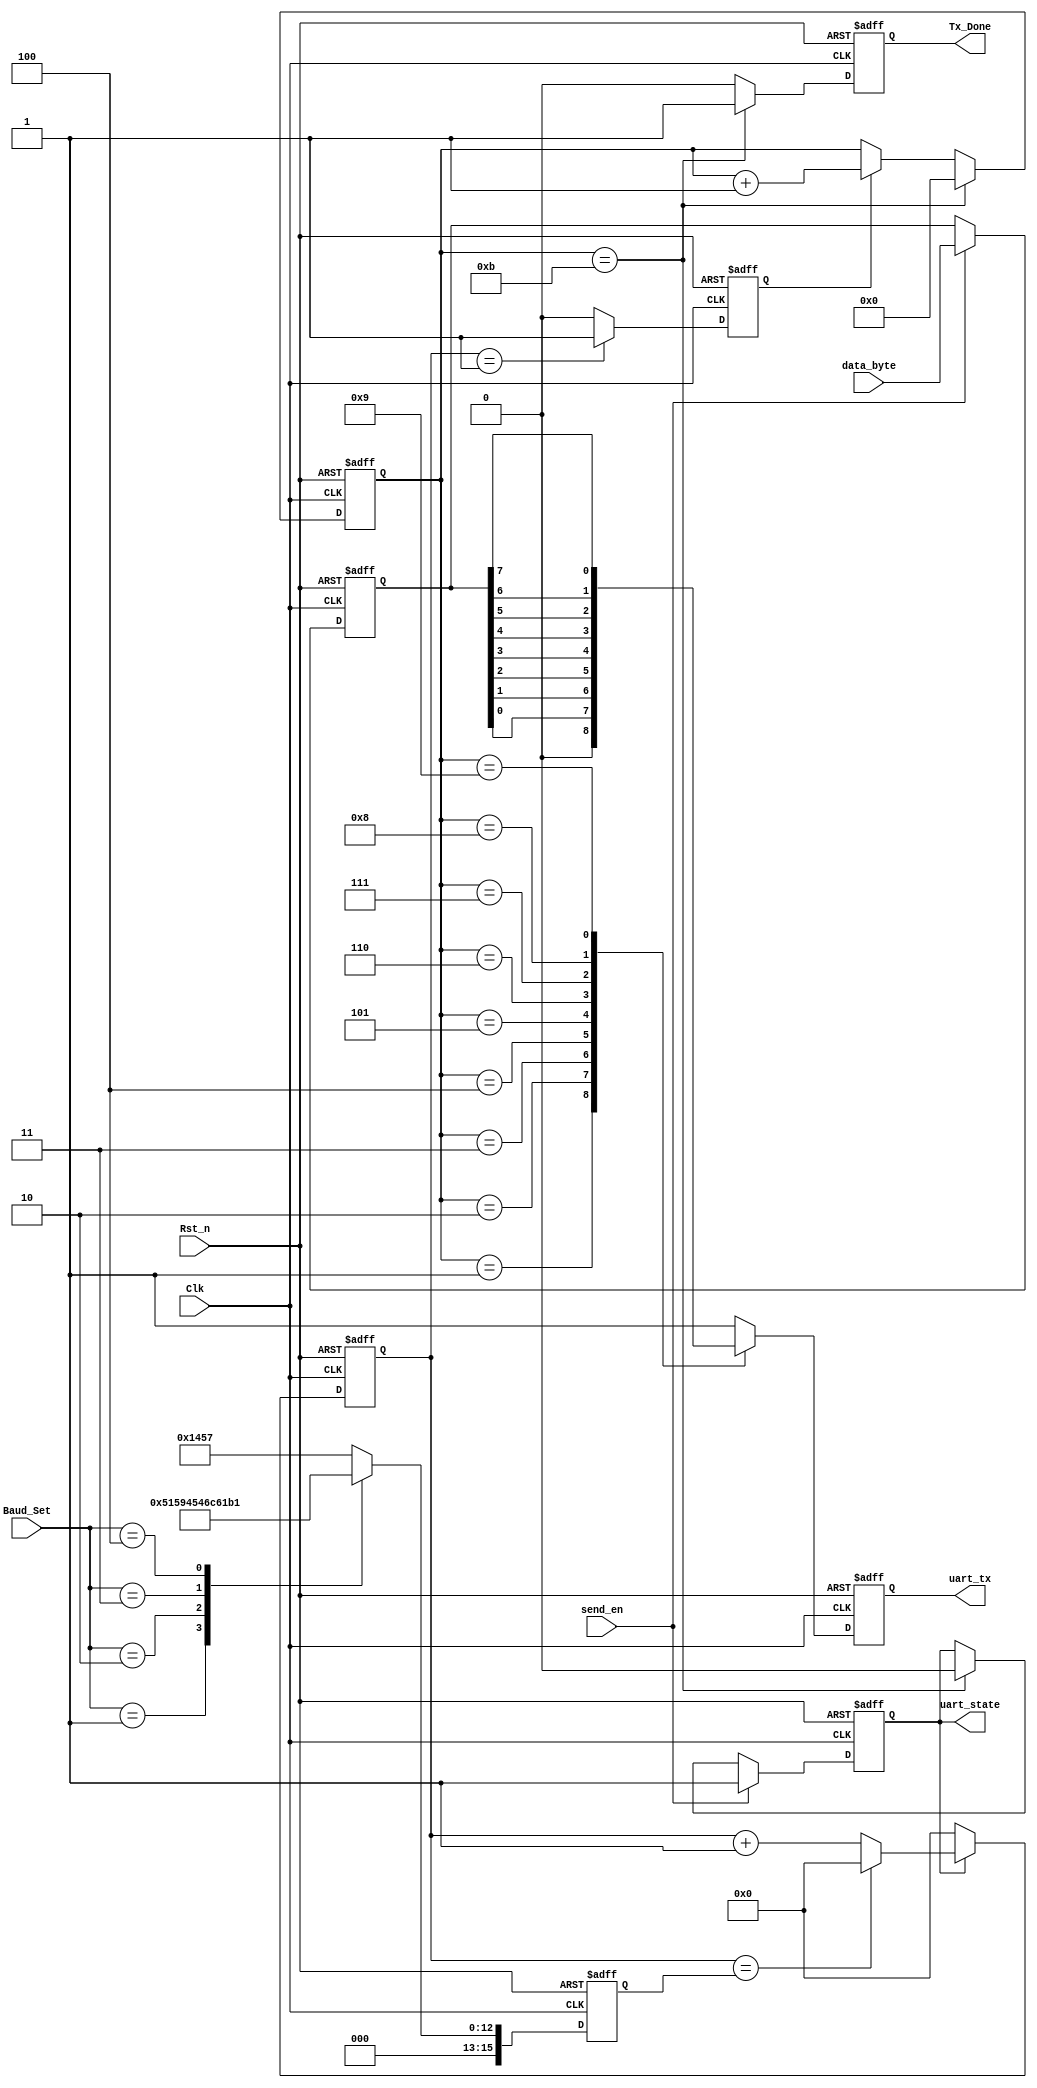
//////////////////////////////////////////////////////////////////////////////////
// Company: 
// Engineer: 
// Web: www.corecourse.cn
// 
// Design Name: uart_tx
// Module Name: uart_byte_tx
// Project Name: uart_tx
// Target Devices: XC7A35T-2FGG484I
// Tool Versions: Vivado 2018.3
// Description: 
// 
// Dependencies: 
// 
// Revision:
// Revision 0.01 - File Created
// Additional Comments:
// 
//////////////////////////////////////////////////////////////////////////////////

module uart_byte_tx(
	Clk,
	Rst_n,
  
	data_byte,
	send_en,   
	Baud_Set,  
	
	uart_tx,  
	Tx_Done,   
	uart_state 
);

	input Clk ;    //50M
	input Rst_n;    //
	input [7:0]data_byte;  //8bit
	input send_en;    //
	input [2:0]Baud_Set;   //
	
	output reg uart_tx;    //
	output reg Tx_Done;    //1byte
	output reg uart_state; //

	localparam START_BIT = 1'b0;
	localparam STOP_BIT = 1'b1; 
	
	reg bps_clk;	     //	
	reg [15:0]div_cnt;      //	
	reg [15:0]bps_DR;       //	
	reg [3:0]bps_cnt;      //	
	reg [7:0]data_byte_reg;//data_byte
	
	always@(posedge Clk or negedge Rst_n)
	if(!Rst_n)
		uart_state <= 1'b0;
	else if(send_en)
		uart_state <= 1'b1;
	else if(bps_cnt == 4'd11)
		uart_state <= 1'b0;
	else
		uart_state <= uart_state;
	
	always@(posedge Clk or negedge Rst_n)
	if(!Rst_n)
		data_byte_reg <= 8'd0;
	else if(send_en)
		data_byte_reg <= data_byte;
	else
		data_byte_reg <= data_byte_reg;
	
	always@(posedge Clk or negedge Rst_n)
	if(!Rst_n)
		bps_DR <= 16'd5207;
	else begin
		case(Baud_Set)
			0:bps_DR <= 16'd5207;
			1:bps_DR <= 16'd2603;
			2:bps_DR <= 16'd1301;
			3:bps_DR <= 16'd867;
			4:bps_DR <= 16'd433;
			default:bps_DR <= 16'd5207;			
		endcase
	end	
	
	//counter
	always@(posedge Clk or negedge Rst_n)
	if(!Rst_n)
		div_cnt <= 16'd0;
	else if(uart_state)begin
		if(div_cnt == bps_DR)
			div_cnt <= 16'd0;
		else
			div_cnt <= div_cnt + 1'b1;
	end
	else
		div_cnt <= 16'd0;
	
	// bps_clk gen
	always@(posedge Clk or negedge Rst_n)
	if(!Rst_n)
		bps_clk <= 1'b0;
	else if(div_cnt == 16'd1)
		bps_clk <= 1'b1;
	else
		bps_clk <= 1'b0;
	
	//bps counter
	always@(posedge Clk or negedge Rst_n)
	if(!Rst_n)	
		bps_cnt <= 4'd0;
	else if(bps_cnt == 4'd11)
		bps_cnt <= 4'd0;
	else if(bps_clk)
		bps_cnt <= bps_cnt + 1'b1;
	else
		bps_cnt <= bps_cnt;
		
	always@(posedge Clk or negedge Rst_n)
	if(!Rst_n)
		Tx_Done <= 1'b0;
	else if(bps_cnt == 4'd11)
		Tx_Done <= 1'b1;
	else
		Tx_Done <= 1'b0;
		
	always@(posedge Clk or negedge Rst_n)
	if(!Rst_n)
		uart_tx <= 1'b1;
	else begin
		case(bps_cnt)
			0:uart_tx <= 1'b1;
			1:uart_tx <= START_BIT;
			2:uart_tx <= data_byte_reg[0];
			3:uart_tx <= data_byte_reg[1];
			4:uart_tx <= data_byte_reg[2];
			5:uart_tx <= data_byte_reg[3];
			6:uart_tx <= data_byte_reg[4];
			7:uart_tx <= data_byte_reg[5];
			8:uart_tx <= data_byte_reg[6];
			9:uart_tx <= data_byte_reg[7];
			10:uart_tx <= STOP_BIT;
			default:uart_tx <= 1'b1;
		endcase
	end	

endmodule